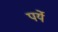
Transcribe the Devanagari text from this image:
पर्ये